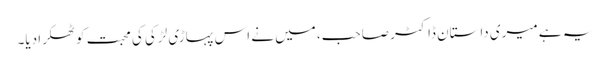
یہ ہے میری داستان ڈاکٹر صاحب، میں نے اس پہاڑی لڑکی کی محبت کو ٹھکرا دیا۔